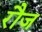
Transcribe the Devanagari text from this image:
रौज